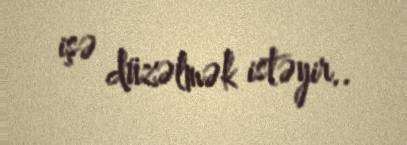
işə düzəlmək istəyir..